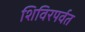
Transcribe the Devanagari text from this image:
शिविरपर्वत